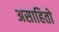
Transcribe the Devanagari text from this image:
असाहितो